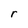
Character: r